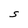
Character: S